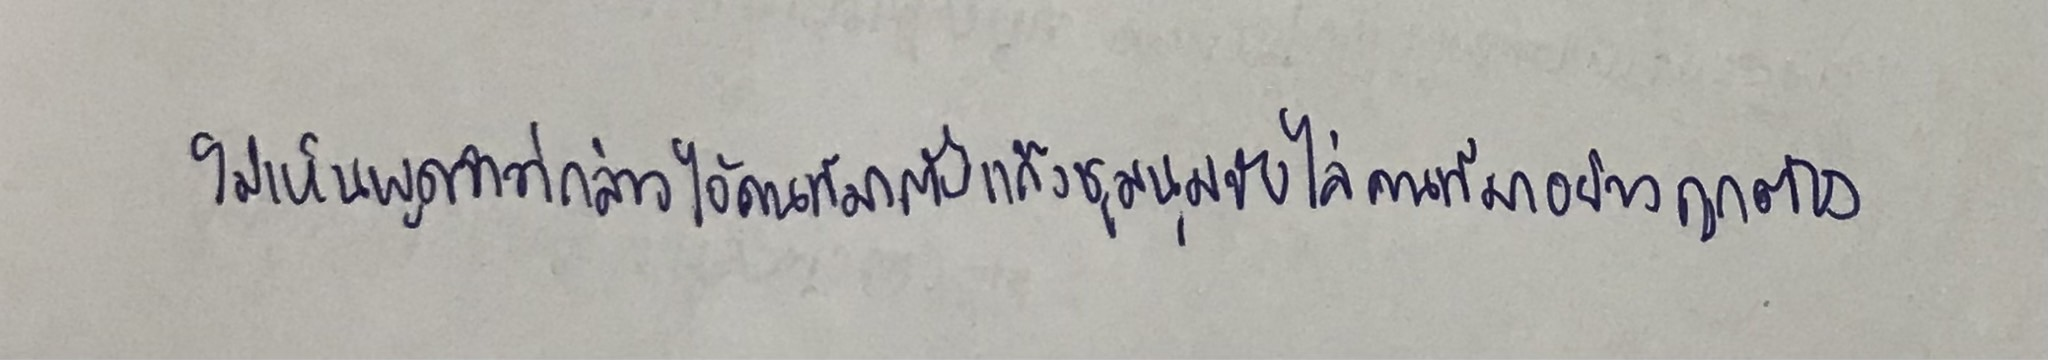
ไม่เห็นพูดจาว่ากล่าวไอ้คนที่มาตั้งแก๊งชุมนุมขับไล่คนที่มาอย่างถูกต้อง